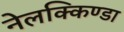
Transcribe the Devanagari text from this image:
नेलक्किण्डा